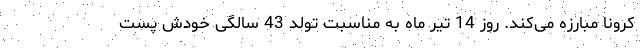
کرونا مبارزه می‌کند. روز 14 تیر ماه به مناسبت تولد 43 سالگی خودش پست